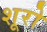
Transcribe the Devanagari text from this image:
शूरो